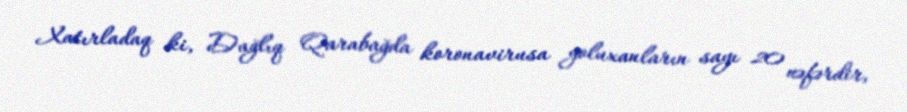
Xatırladaq ki, Dağlıq Qarabağda koronavirusa yoluxanların sayı 20 nəfərdir,